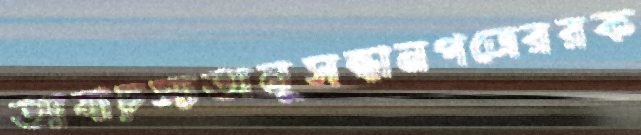
আষাঢ়স্যঅনুসন্ধানপত্রেররক